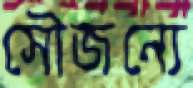
সৌজন্যে